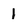
Character: 1